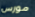
مورس